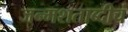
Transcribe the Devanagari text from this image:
जन्मशताब्दीचं